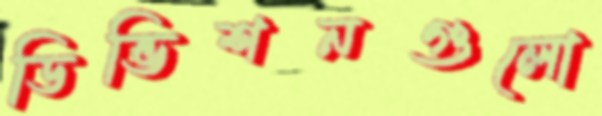
ডিভিশনগুলো